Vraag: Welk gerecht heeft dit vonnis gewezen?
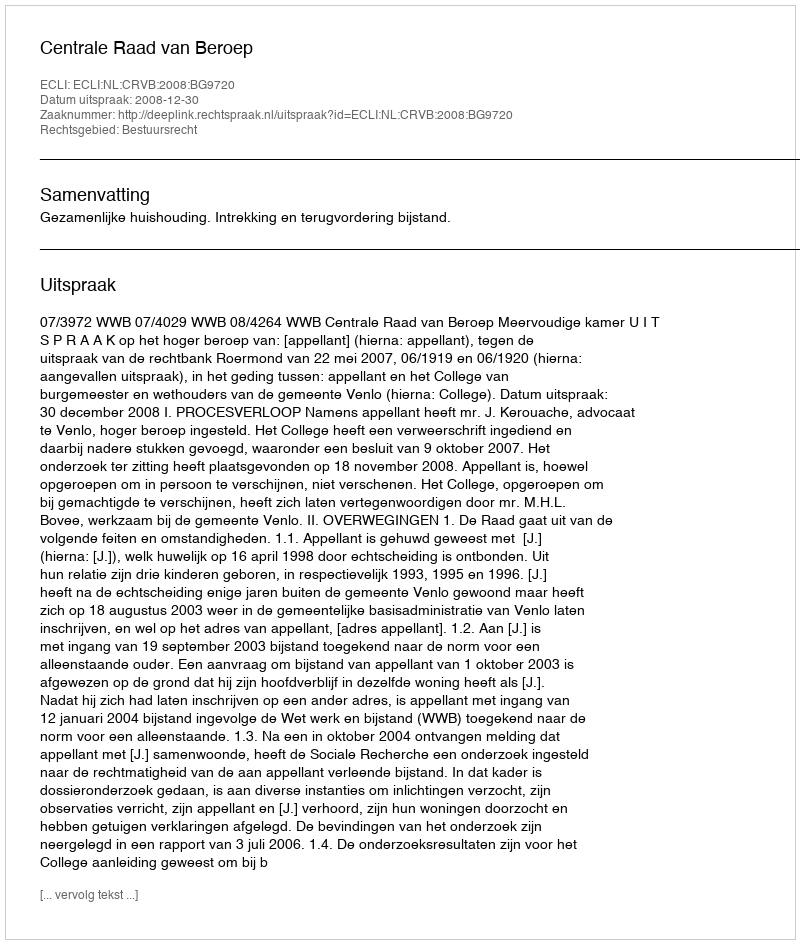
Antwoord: Centrale Raad van Beroep